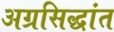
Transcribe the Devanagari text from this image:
अग्रसिद्धांत